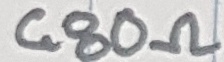
Text: 680Ω